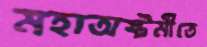
মহাঅষ্টমীতে